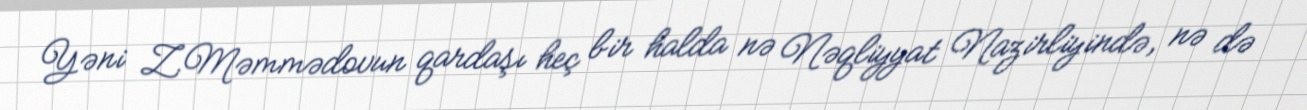
Yəni Z.Məmmədovun qardaşı heç bir halda nə Nəqliyyat Nazirliyində, nə də